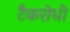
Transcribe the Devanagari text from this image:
टैकरोधी